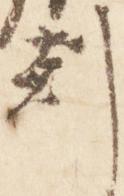
刻